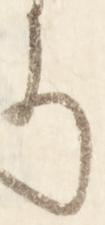
そ